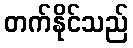
တက်နိုင်သည်